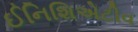
ઈનિશિએટીવ